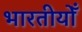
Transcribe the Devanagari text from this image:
भारतीयोँ